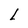
Character: L